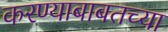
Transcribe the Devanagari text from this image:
करण्याबाबतच्या